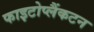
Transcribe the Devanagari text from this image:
फाइटोप्लैंकटन